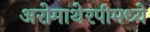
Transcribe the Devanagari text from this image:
अरोमाथेरपीमध्ये